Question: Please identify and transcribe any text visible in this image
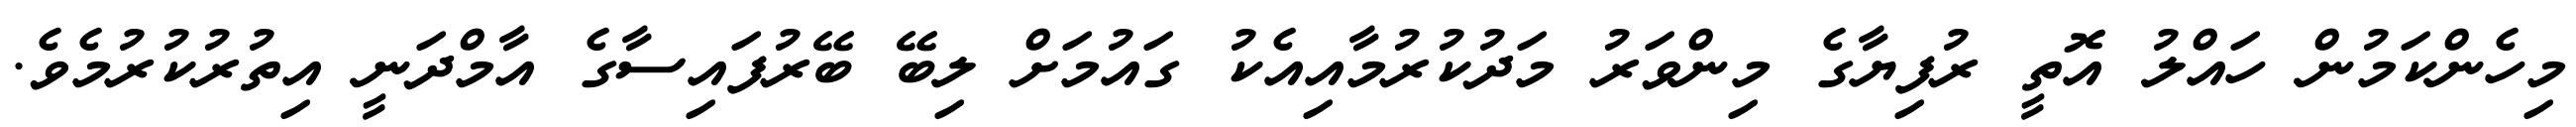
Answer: މިހެންކަމުން ހައްލު އޮތީ ރުފިޔާގެ މިންވަރު މަދުކުރުމާއިއެކު ގައުމަށް ލިބޭ ބޭރުފައިސާގެ އާމްދަނީ އިތުރުކުރުމެވެ.